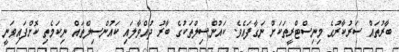
ބާރުތައް ސަރުކާރުގެ މިނިސްޓްރީތަކަށް ނަގާފައެވެ. ކައުންސިލްތަކުގެ ބާރު ދުއްވާލައި ކައުންސިލްތައް ނިކަމެތި ކޮށްފައިވަނީ